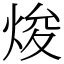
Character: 焌